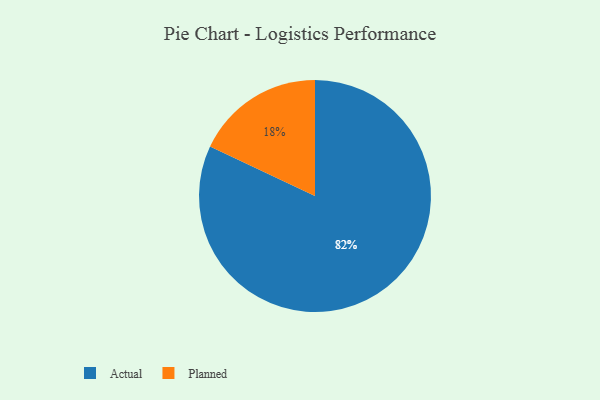
{"axis": {"x": "Category", "y": "Percentage"}, "legend": ["Actual", "Planned"], "data": [{"x": "Planned", "y": 18, "type": "Planned"}, {"x": "Actual", "y": 82, "type": "Actual"}]}